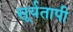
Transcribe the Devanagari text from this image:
सूर्यतापी